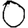
Digit: 0